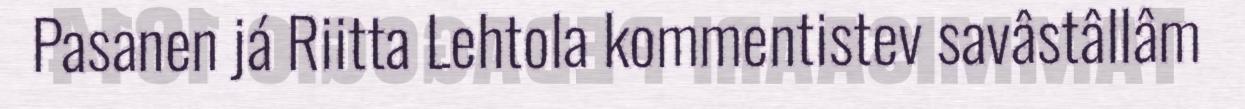
Pasanen já Riitta Lehtola kommentistev savâstâllâm